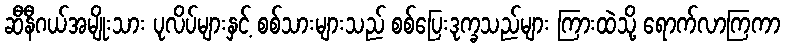
ဆီနီဂယ်အမျိုးသား ပုလိပ်များနှင့် စစ်သားများသည် စစ်ပြေးဒုက္ခသည်များ ကြားထဲသို့ ရောက်လာကြကာ